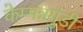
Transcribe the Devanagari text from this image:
केम्मन्नगुंडी